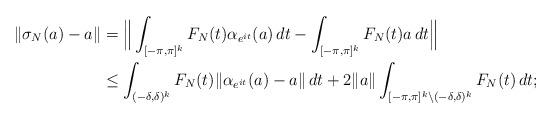
LaTeX: \begin{align*}\|\sigma_N(a)-a\|&=\Big\|\int_{[-\pi,\pi]^k}F_N(t)\alpha_{e^{it}}(a)\,dt-\int_{[-\pi,\pi]^k}F_N(t)a\,dt\Big\|\\&\leq \int_{(-\delta,\delta)^k}F_N(t)\|\alpha_{e^{it}}(a)-a\|\,dt +2\|a\|\int_{[-\pi,\pi]^k\backslash (-\delta,\delta)^k}F_N(t)\,dt;\end{align*}